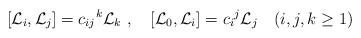
LaTeX: \begin{align*}[{\cal L}_i,{\cal L}_j]={c_{ij}}^k {\cal L}_k\ ,\quad[{\cal L}_0,{\cal L}_i]={c_i}^j {\cal L}_j\quad (i,j,k\geq 1)\end{align*}